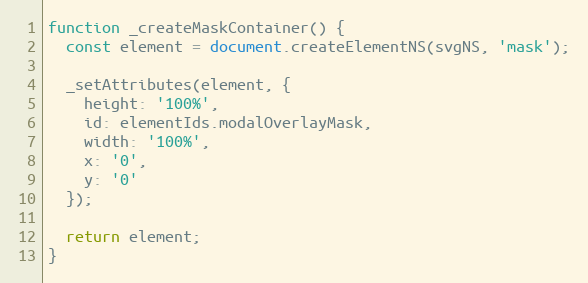
Language: JavaScript
function _createMaskContainer() {
  const element = document.createElementNS(svgNS, 'mask');

  _setAttributes(element, {
    height: '100%',
    id: elementIds.modalOverlayMask,
    width: '100%',
    x: '0',
    y: '0'
  });

  return element;
}